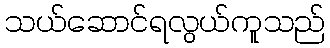
သယ်ဆောင်ရလွယ်ကူသည်